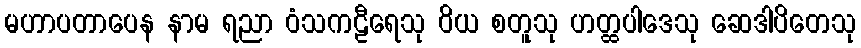
မဟာပတာပေန နာမ ရညာ ဝံသကဠီရေသု ဝိယ စတူသု ဟတ္ထပါဒေသု ဆေဒါပိတေသု